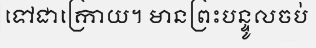
ទៅជាក្រោយ។ មានព្រះបន្ទូលចប់